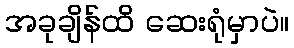
အခုချိန်ထိ ဆေးရုံမှာပဲ။